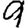
Digit: 9